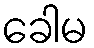
ခေါမ